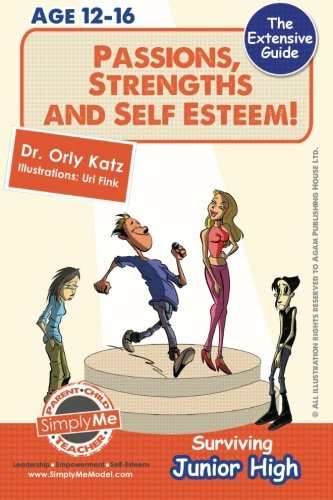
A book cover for Passions, Strengths & Self Esteem! Surviving Junior High: A self help guide for teens, parents & teachers; Dr. Orly Katz; Teen & Young Adult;